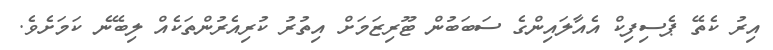
އިރު ކެތޭ ޕެސިފިކް އެއާލައިންގެ ސަބަބުން ޓޫރިޒަމަށް އިތުރު ކުރިއެރުންތަކެއް ލިބޭނެ ކަމަށެވެ.